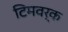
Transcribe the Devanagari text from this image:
टिमवर्क